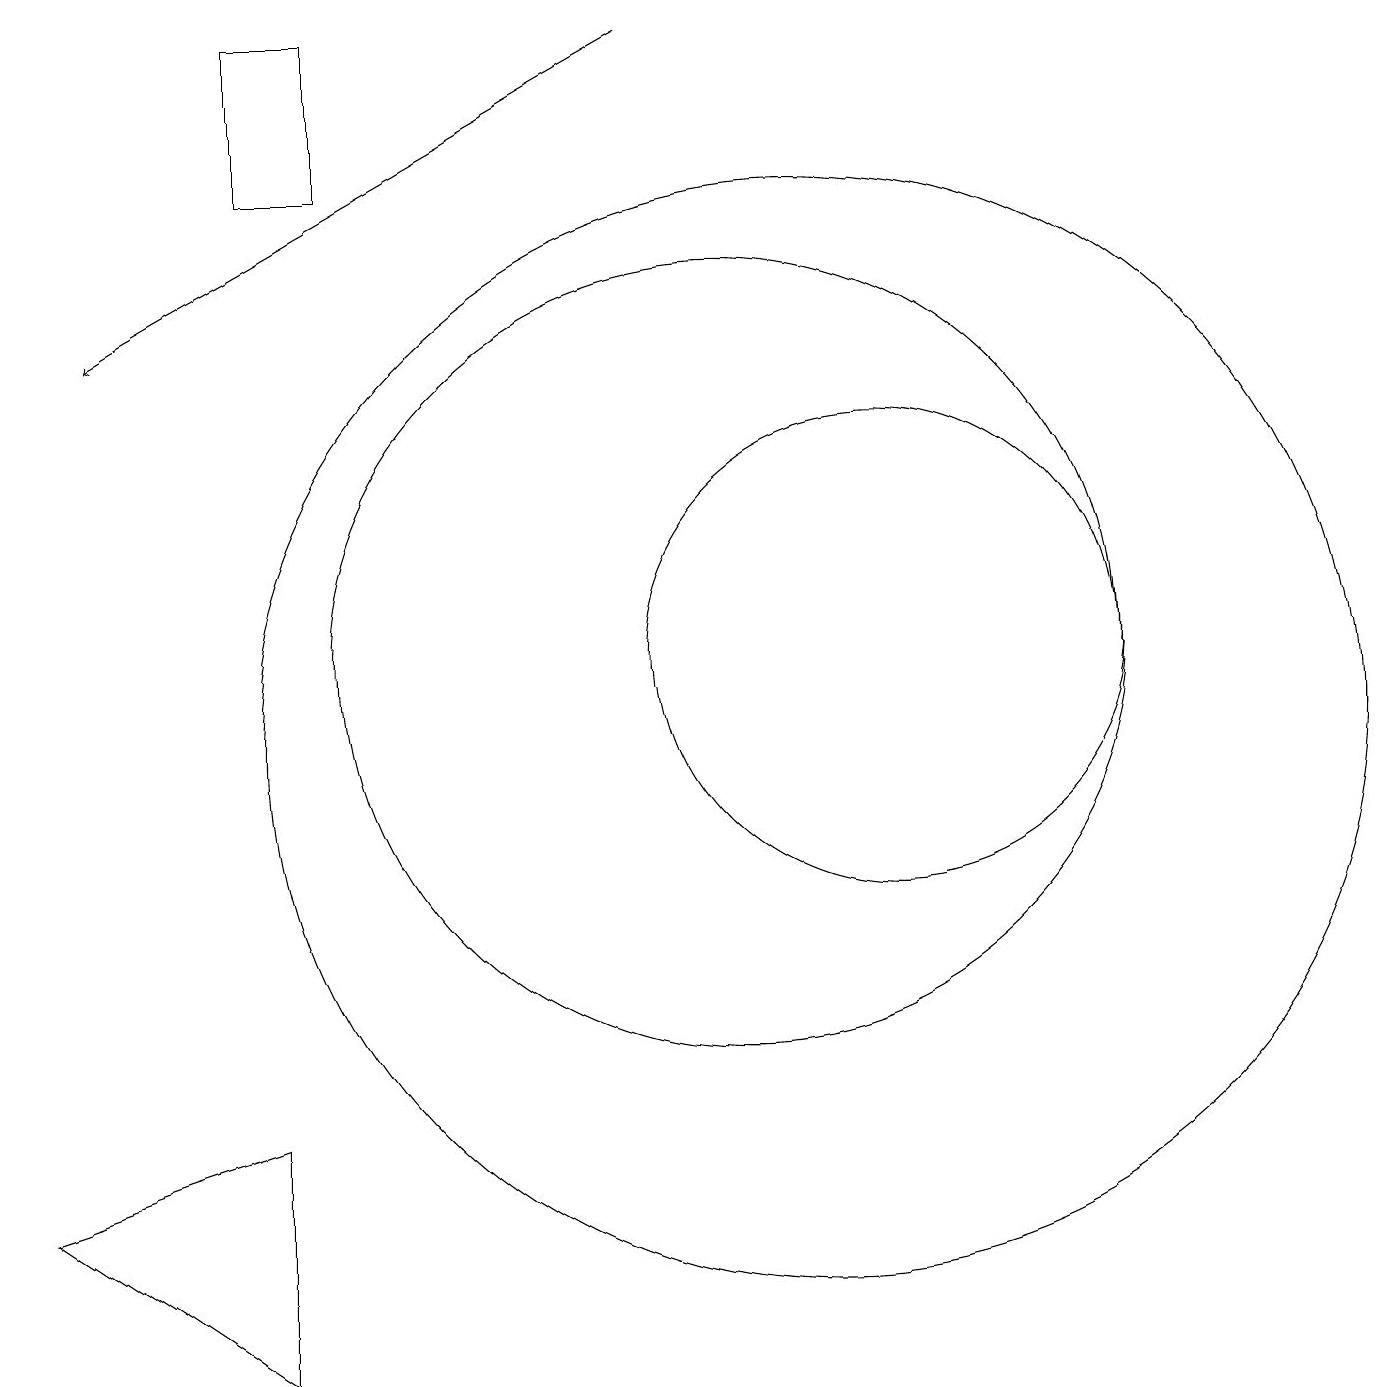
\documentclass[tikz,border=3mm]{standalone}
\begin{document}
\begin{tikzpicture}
\draw (10,11) circle (5);
\draw (12,11) circle (0);
\draw[->] (9,19) -- (2,15);
\draw (11,10) circle (7);
\draw (4,2) -- (4,5) -- (1,4) -- cycle;
\draw (12,11) circle (3);
\draw (5,19) rectangle (4,17);
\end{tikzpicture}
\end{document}